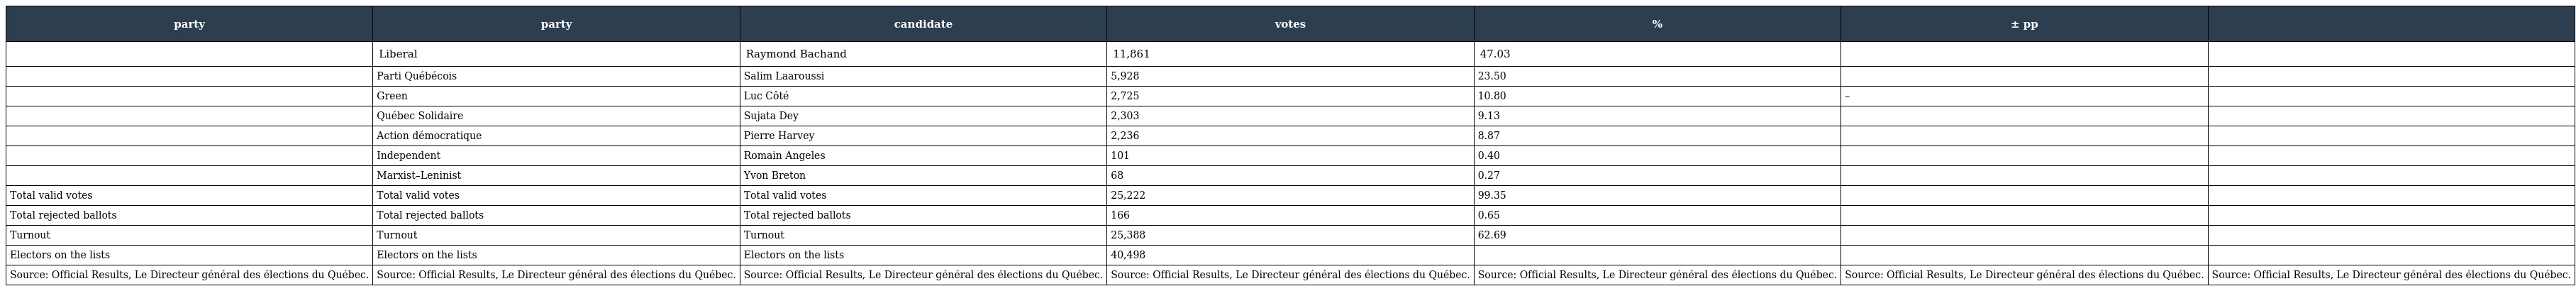
| party | party | candidate | votes | % | ± pp |  |
 | --- | --- | --- | --- | --- | --- | --- |
 |  | Liberal | Raymond Bachand | 11,861 | 47.03 |  |  |
 |  | Parti Québécois | Salim Laaroussi | 5,928 | 23.50 |  |  |
 |  | Green | Luc Côté | 2,725 | 10.80 | – |  |
 |  | Québec Solidaire | Sujata Dey | 2,303 | 9.13 |  |  |
 |  | Action démocratique | Pierre Harvey | 2,236 | 8.87 |  |  |
 |  | Independent | Romain Angeles | 101 | 0.40 |  |  |
 |  | Marxist–Leninist | Yvon Breton | 68 | 0.27 |  |  |
 | Total valid votes | Total valid votes | Total valid votes | 25,222 | 99.35 |  |  |
 | Total rejected ballots | Total rejected ballots | Total rejected ballots | 166 | 0.65 |  |  |
 | Turnout | Turnout | Turnout | 25,388 | 62.69 |  |  |
 | Electors on the lists | Electors on the lists | Electors on the lists | 40,498 |  |  |  |
 | Source: Official Results, Le Directeur général des élections du Québec. | Source: Official Results, Le Directeur général des élections du Québec. | Source: Official Results, Le Directeur général des élections du Québec. | Source: Official Results, Le Directeur général des élections du Québec. | Source: Official Results, Le Directeur général des élections du Québec. | Source: Official Results, Le Directeur général des élections du Québec. | Source: Official Results, Le Directeur général des élections du Québec. |